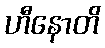
ဟီနောတိ